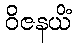
ဝိဇနယိံ